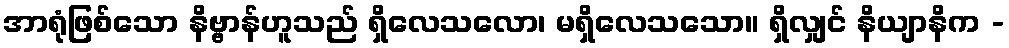
အာရုံဖြစ်သော နိဗ္ဗာန်ဟူသည် ရှိလေသလော၊ မရှိလေသသော။ ရှိလျှင် နိယျာနိက -